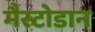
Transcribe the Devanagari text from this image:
मैस्टोडान